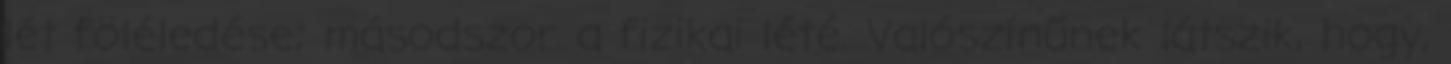
lét föléledése; másodszor a fizikai lété. Valószínűnek látszik, hogy,